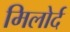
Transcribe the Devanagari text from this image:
मिलोर्द